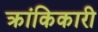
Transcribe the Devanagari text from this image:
क्रांकिकारी